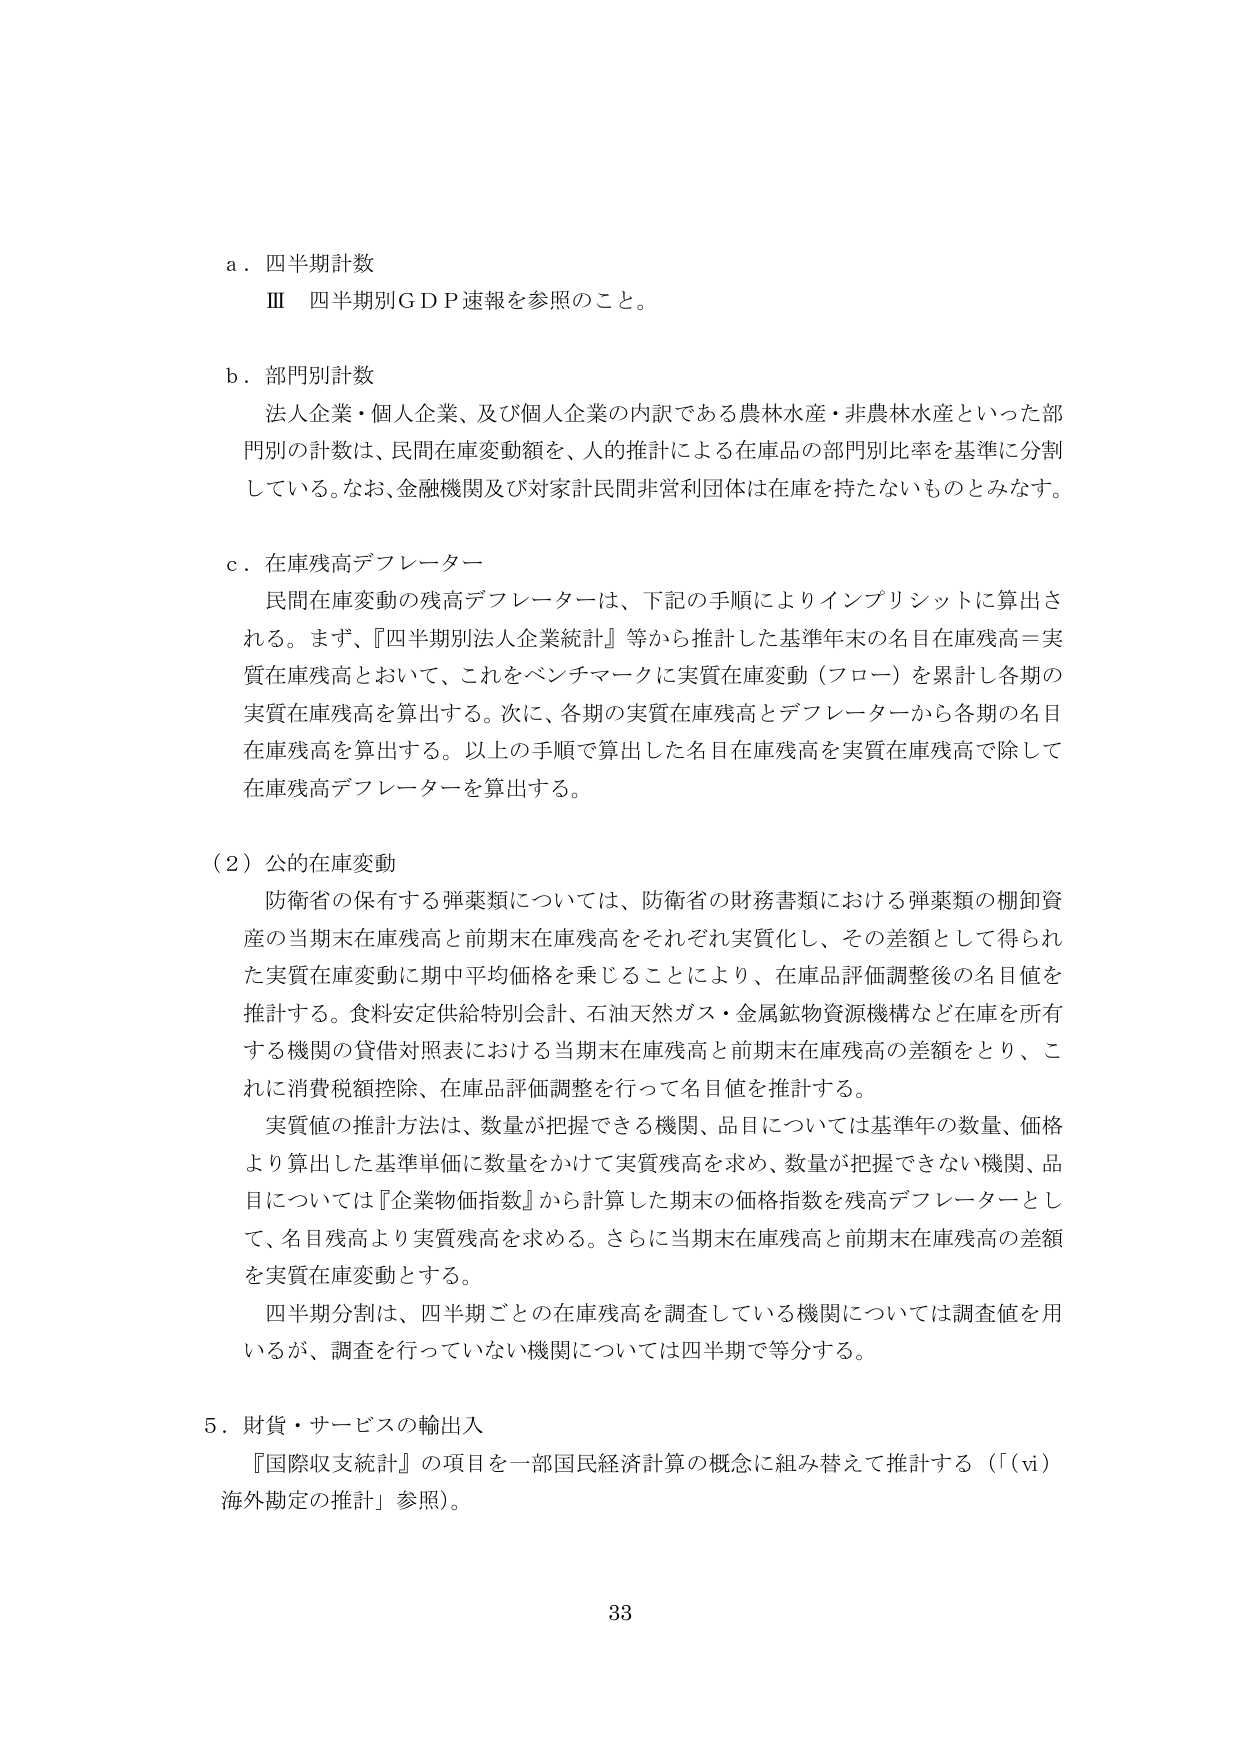
a．四半期計数
Ⅲ 四半期別ＧＤＰ速報を参照のこと。

b．部門別計数
法人企業・個人企業、及び個人企業の内訳である農林水産・非農林水産といった部門別の計数は、民間在庫変動額を、人的推計による在庫品の部門別比率を基準に分割している。なお、金融機関及び対家計民間非営利団体は在庫を持たないものとみなす。

c．在庫残高デフレーター
民間在庫変動の残高デフレーターは、下記の手順によりインプリシットに算出される。まず、『四半期別法人企業統計』等から推計した基準年末の名目在庫残高＝実質在庫残高とおいて、これをベンチマークに実質在庫変動（フロー）を累計し各期の実質在庫残高を算出する。次に、各期の実質在庫残高とデフレーターから各期の名目在庫残高を算出する。以上の手順で算出した名目在庫残高を実質在庫残高で除して在庫残高デフレーターを算出する。

（2）公的在庫変動
防衛省の保有する弾薬類については、防衛省の財務書類における弾薬類の棚卸資産の当期末在庫残高と前期末在庫残高をそれぞれ実質化し、その差額として得られた実質在庫変動に期中平均価格を乗じることにより、在庫品評価調整後の名目値を推計する。食料安定供給特別会計、石油天然ガス・金属鉱物資源機構など在庫を所有する機関の貸借対照表における当期末在庫残高と前期末在庫残高の差額をとり、これに消費税額控除、在庫品評価調整を行って名目値を推計する。
実質値の推計方法は、数量が把握できる機関、品目については基準年の数量、価格より算出した基準単価に数量をかけて実質残高を求め、数量が把握できない機関、品目については『企業物価指数』から計算した期末の価格指数を残高デフレーターとして、名目残高より実質残高を求める。さらに当期末在庫残高と前期末在庫残高の差額を実質在庫変動とする。
四半期分割は、四半期ごとの在庫残高を調査している機関については調査値を用いるが、調査を行っていない機関については四半期で等分する。

5．財貨・サービスの輸出入
『国際収支統計』の項目を一部国民経済計算の概念に組み替えて推計する（「（vi）海外勘定の推計」参照）。

33